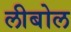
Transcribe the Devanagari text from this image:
लीबोल